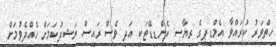
ހިތްވަރު ކުރައްވާ އެމްޑީޕީގެ ރިޔާސީ ކެންޑިޑޭޓަކީ އަދި ވެސް ރައީސް ނަޝީދުކަމަށް ހެއްދެވުމަށް